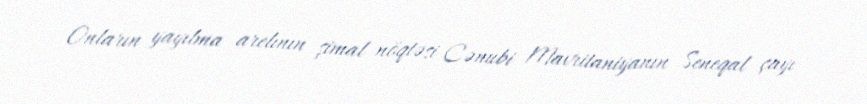
Onların yayılma arelının şimal nöqtəsi Cənubi Mavritaniyanın Seneqal çayı